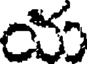
య